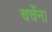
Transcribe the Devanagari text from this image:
चर्चेना